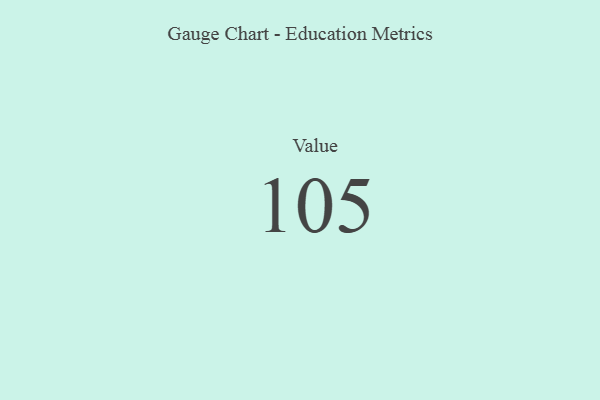
{"axis": {"x": "Metric", "y": "Value"}, "legend": [""], "data": [{"x": "Value", "y": 105, "type": ""}]}